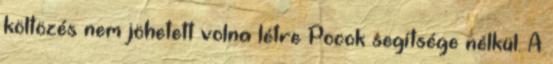
költözés nem jöhetett volna létre Pocok segítsége nélkül. A